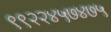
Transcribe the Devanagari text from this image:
९९२२४५७४७५